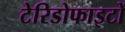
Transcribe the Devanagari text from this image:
टेरिडोफाइटों